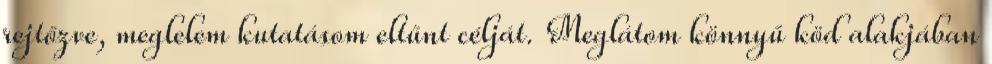
rejtőzve, meglelem kutatásom eltűnt célját. Meglátom könnyű köd alakjában